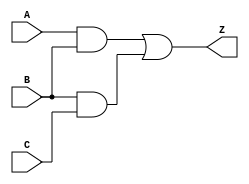
module circuit3_1(A, B, C, Z);
	input A, B, C;
	output Z;
	
	wire K, L;

	and AND1(K, A, B);
	and AND2(L, B, C);
	or OR1(Z, K, L);

endmodule


module circuit3_1_test();
	reg A, B, C;
	wire Z;

	circuit3_1 kyklwma3_1(A, B, C, Z);

	initial
	begin
	#100;
	A = 0;
	B = 0;
	C = 0;
	
	#100;
	A = 0;
	B = 0;
	C = 1;

	#100;
	A = 0;
	B = 1;
	C = 0;

	#100;
	A = 0;
	B = 1;
	C = 1;

	#100;
	A = 1;
	B = 0;
	C = 0;
	
	#100;
	A = 1;
	B = 0;
	C = 1;

	#100;
	A = 1;
	B = 1;
	C = 0;

	#100;
	A = 1;
	B = 1;
	C = 1;

	#100;
	$stop;
	end

endmodule